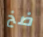
ضخ